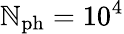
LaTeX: \mathbb{N}_{\mathrm{{ph}}}=10^{4}